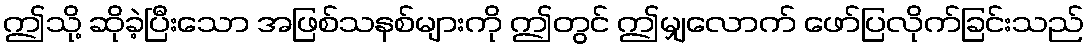
ဤသို့ ဆိုခဲ့ပြီးသော အဖြစ်သနစ်များကို ဤတွင် ဤမျှလောက် ဖော်ပြလိုက်ခြင်းသည်